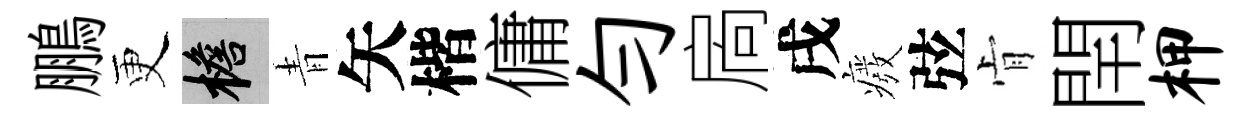
鵬更檐青矢楷傭勻扄戌癈弦肻閈柙